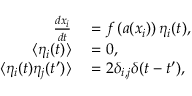
\begin{array} { r l } { \frac { d x _ { i } } { d t } } & { { } = f \left( a ( x _ { i } ) \right) \eta _ { i } ( t ) , } \\ { \langle \eta _ { i } ( t ) \rangle } & { { } = 0 , } \\ { \langle \eta _ { i } ( t ) \eta _ { j } ( t ^ { \prime } ) \rangle } & { { } = 2 \delta _ { i , j } \delta ( t - t ^ { \prime } ) , } \end{array}